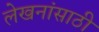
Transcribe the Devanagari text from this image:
लेखनांसाठी